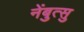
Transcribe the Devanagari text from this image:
नेंबुत्सु